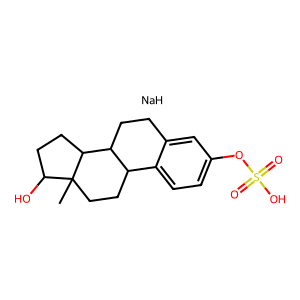
SMILES: CC12CCC3c4ccc(OS(=O)(=O)O)cc4CCC3C1CCC2O.[NaH]
Inhibits HIV replication: No